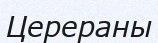
Церераны